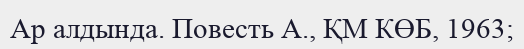
Ар алдында. Повесть А., ҚМ КӨБ, 1963;